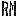
RM